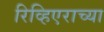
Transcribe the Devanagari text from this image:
रिव्हिएराच्या